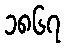
၁၈၆၇